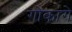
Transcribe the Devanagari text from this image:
गोकागे